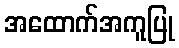
အထောက်အကူပြု